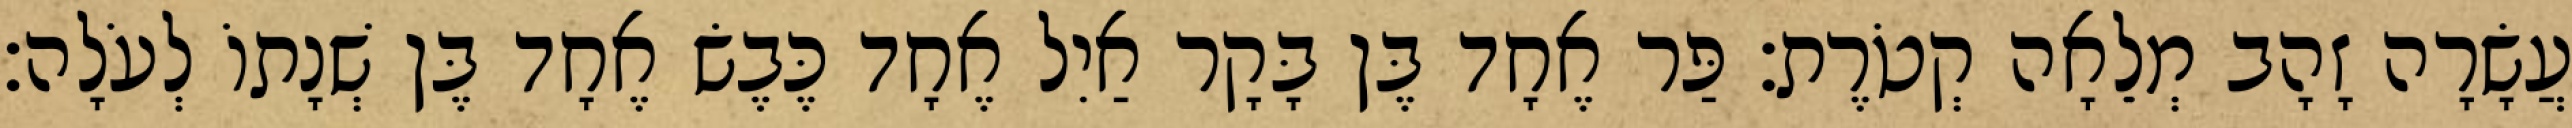
עֲשָׂרָה זָהָב מְלֵאָה קְטֹרֶת׃ פַּר אֶחָד בֶּן בָּקָר אַיִל אֶחָד כֶּבֶשׂ אֶחָד בֶּן שְׁנָתוֹ לְעֹלָה׃